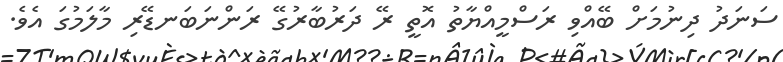
ސަނަދު ދިނުމަށް ބޭއްވި ރަސްމީއްޔާތު އޮތީ ރޭ ދަރުބާރުގޭ ރަންނަބަނޑޭރި މާލަމުގަ އެވެ.